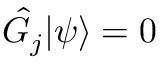
{ \hat { G } } _ { j } \vert \psi \rangle = 0